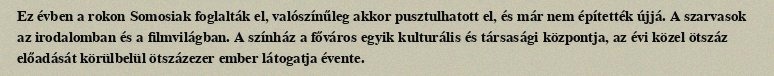
Ez évben a rokon Somosiak foglalták el, valószínűleg akkor pusztulhatott el, és már nem építették újjá. A szarvasok az irodalomban és a filmvilágban. A színház a főváros egyik kulturális és társasági központja, az évi közel ötszáz előadását körülbelül ötszázezer ember látogatja évente.